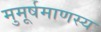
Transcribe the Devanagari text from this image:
मुमूर्षमाणस्य